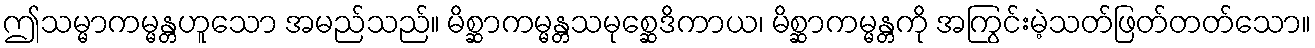
ဤသမ္မာကမ္မန္တဟူသော အမည်သည်။ မိစ္ဆာကမ္မန္တသမုစ္ဆေဒိကာယ၊ မိစ္ဆာကမ္မန္တကို အကြွင်းမဲ့သတ်ဖြတ်တတ်သော။